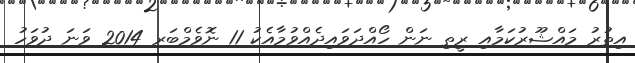
އިތުރު މައްޝޫރުކަމާއި ރީތި ނަން ހޯއްދަވައިދެއްވުމާއެކު 11 ނޮވެމްބަރ 2014 ވަނަ ދުވަހު